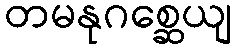
တမနုဂစ္ဆေယျ